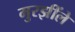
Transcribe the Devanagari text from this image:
मुरझींले